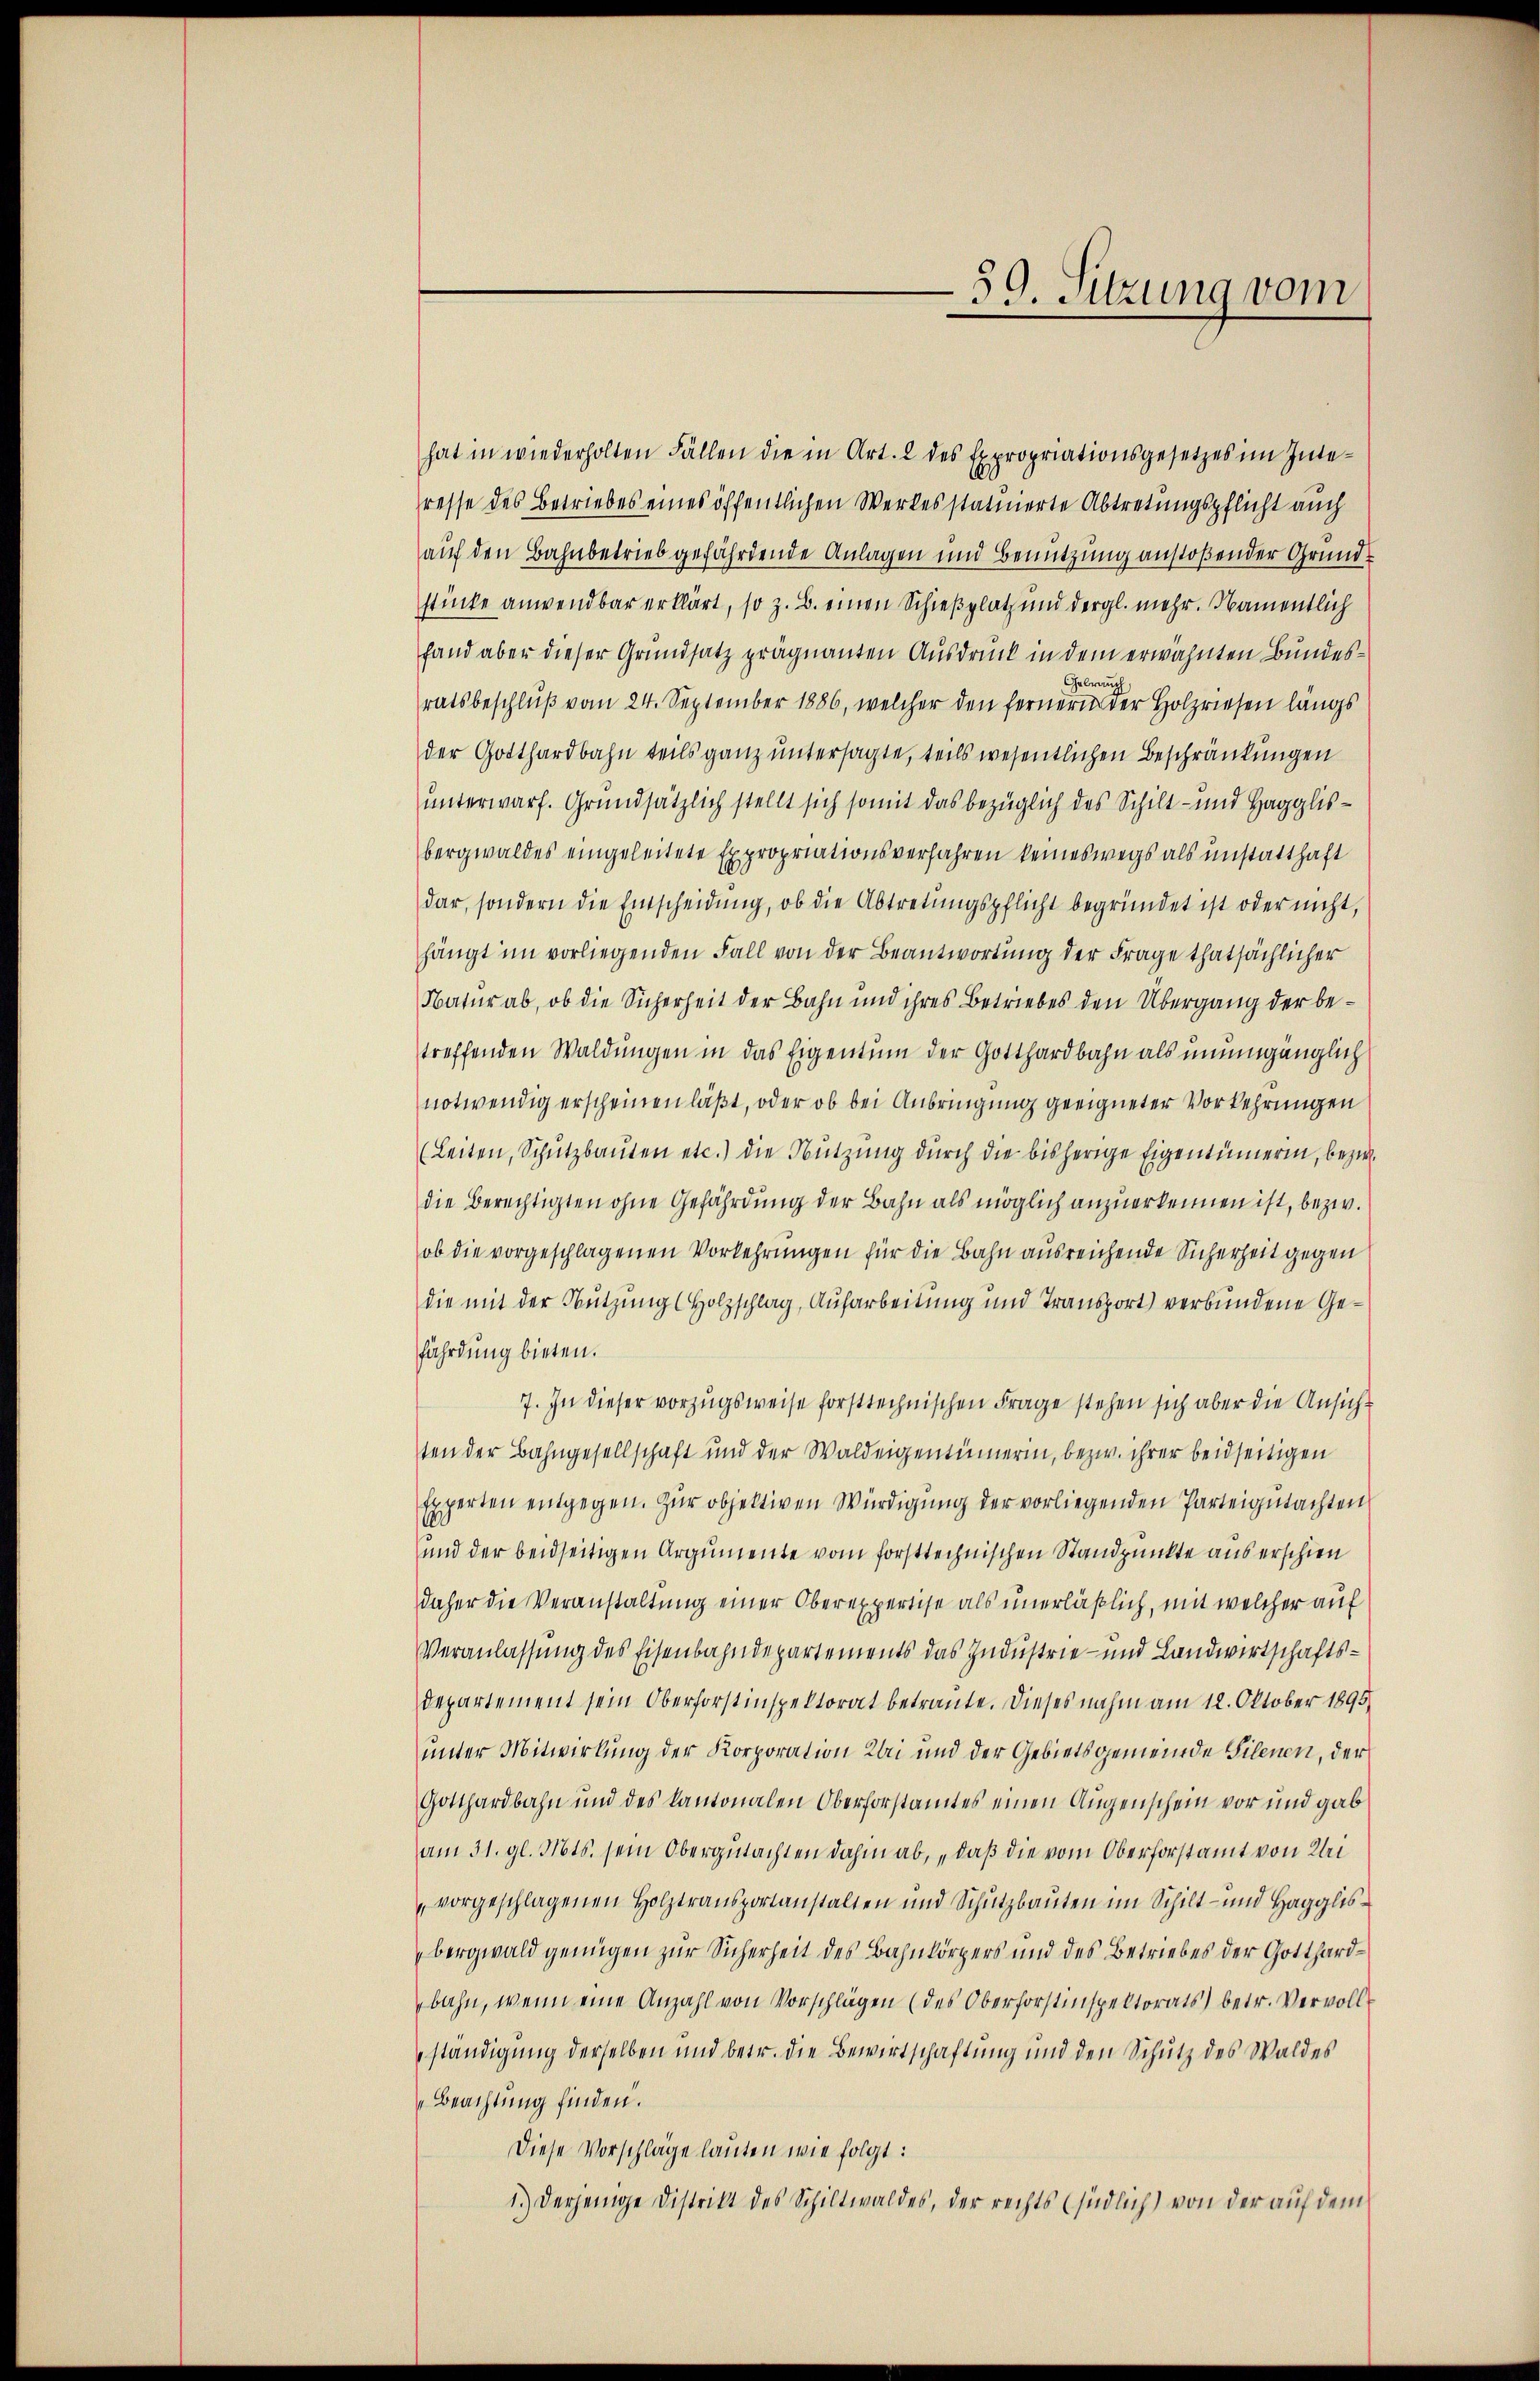
39. Sitzung vom

hat in wiederholten Fällen die in Art. 2 des Expropriationsgesetzes im Inte-
resse des Betriebes eines öffentlichen Werkes statuierte Abtretungspflicht auch
auf den Bahnbetrieb gefährdende Anlagen und Benutzung anstoßender Grundstücke anwendbar erklärt, so z. B. einen Schießplatz und dergl. mehr. Namentlich
fand aber dieser Grundsatz prägnanten Ausdruck in dem erwähnten Bundes¬
Gebrau
ratsbeschlŭβ vom 24. September 1886, welcher den fernern der Holzriesen längs
der Gotthardbahn teils ganz untersagte, teils wesentlichen Beschränkungen
unterwarf. Grundsätzlich stellt sich somit das bezüglich des Schilt- und Hagglisbergwaldes eingeleitete Expropriationsverfahren keineswegs als unstatthaft
dar, sondern die Entscheidung, ob die Abtretungspflicht begründet ist oder nicht,
hängt im vorliegenden Fall von der Beantwortung der Frage thatsächlicher
Natur ab, ob die Sicherheit der Bahn und ihres Betriebes den Übergang der betreffenden Waldungen in das Eigentum der Gotthardbahn als unumgänglich
notwendig erscheinen läßt, oder ob bei Anbringung geeigneter Vorkehrungen
(Leiten, Schŭtzbaŭten etc.) die Nützŭng dŭrch die bisherige Eigentümerin, bezw.
die Berechtigten ohne Gefährdung der Bahn als möglich anzuerkennen ist, bezw.
ob die vorgeschlagenen Vorkehrungen für die Bahn ausreichende Sicherheit gegen
die mit der Nutzung (Holzschlag, Aufarbeitung und Transport) verbundene Gefährdung bieten.
7. In dieser vorzugsweise forsttechnischen Frage stehen sich aber die Ansicht
ten der Bahngesellschaft und der Waldeigentümerin, bezw. ihrer beidseitigen
Experten entgegen. Zur objektiven Würdigung der vorliegenden Parteigutachten
und der beidseitigen Argumente vom forsttechnischen Standpunkte aus erschien
daher die Veranstaltung einer Oberexpertise als unerläßlich, mit welcher auf
Veranlassung des Eisenbahndepartements das Industrie- und Landwirtschafts¬
Departement sein Oberforstinspektorat betraute. Dieses nahm am 12. Oktober 1895
unter Mitwirkung der Korporation bei und der Gebietsgemeinde Silenen, der
Gotthardbahn und des Kantonalen Oberforstamtes einen Augenschein vor und gab
am 31. gl. Mts. sein Obergutachten dahin ab, daß die vom Oberforstamt von Kleivorgeschlagenen Holztransportanstalten und Schutzbauten im Schilt- und Hagglis-
bergwald genügen zur Sicherheit des Bahnkörpers und des Betriebes der Gotthardbahn, wenn eine Anzahl von Vorschlägen (des Oberforstinspektorats betr. Vervollständigung derselben und betr. die Bewirtschaftung und den Schutz des Waldes
Beachtung finden.
Diese Vorschläge lauten wie folgt:
1.) Derjenige Distrikt des Schiltwaldes, der rechts (südlich) von der auf dem